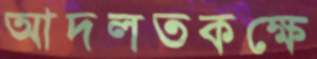
আদলতকক্ষে